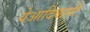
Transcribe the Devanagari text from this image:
येआदिवासी